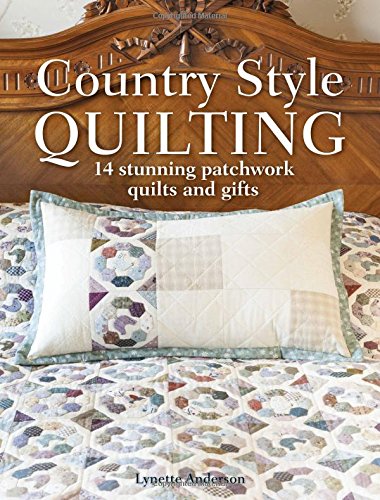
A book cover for Country Style Quilting: 14 Stunning Patchwork Quilts and Gifts; Lynette Anderson; Crafts, Hobbies & Home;